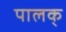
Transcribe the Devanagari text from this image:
पालक्